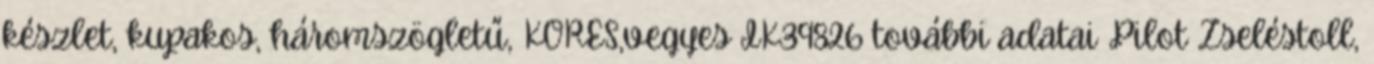
készlet, kupakos, háromszögletű, KORES,vegyes IK39826 további adatai Pilot Zseléstoll,